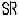
SR